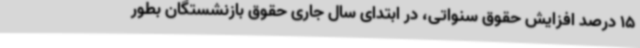
15 درصد افزایش حقوق سنواتی، در ابتدای سال جاری حقوق بازنشستگان بطور